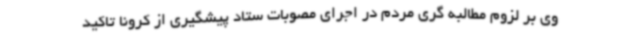
وی بر لزوم مطالبه گری مردم در اجرای مصوبات ستاد پیشگیری از کرونا تاکید